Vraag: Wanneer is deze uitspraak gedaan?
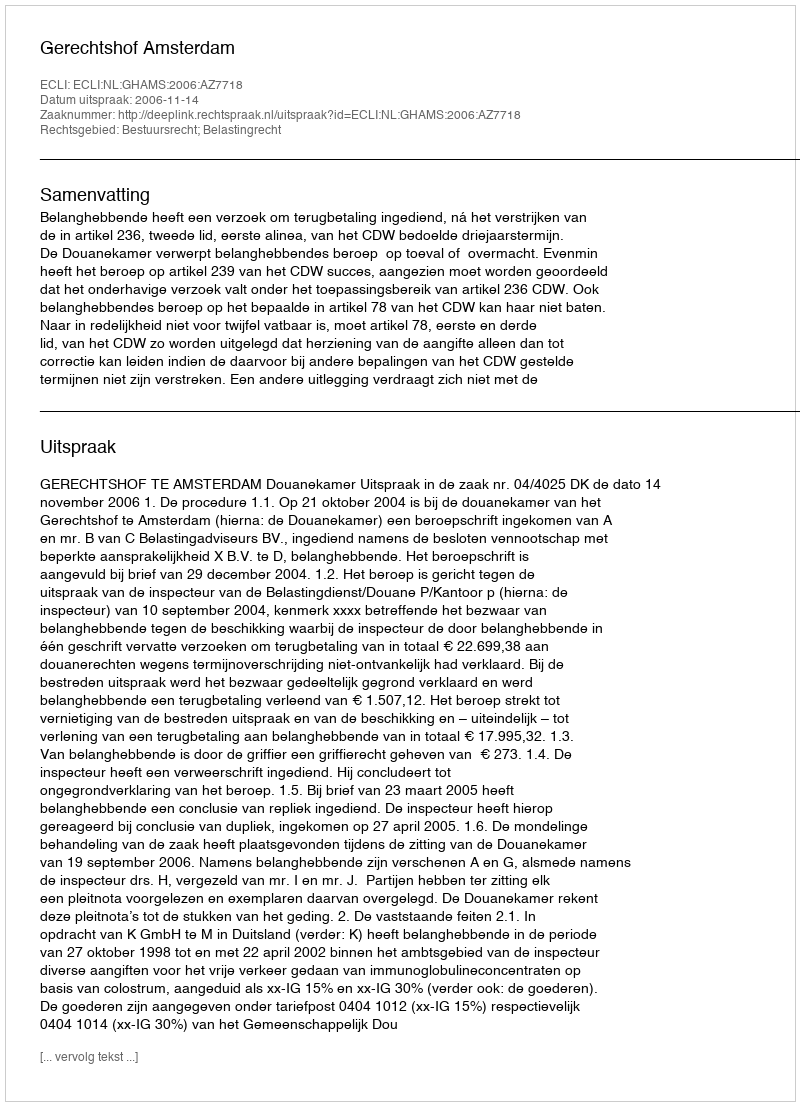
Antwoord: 2006-11-14